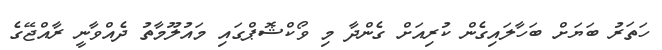
ހަތަރު ބަޔަށް ބަހާލައިގެން ކުރިއަށް ގެންދާ މި ވޯކްޝޮޕްގައި މައުލޫމާތު ދެއްވާނީ ރާއްޖޭގެ